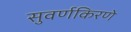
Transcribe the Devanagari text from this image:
सुवर्णकिरणे